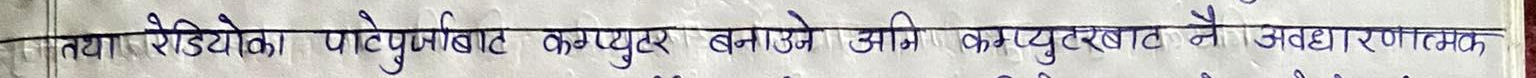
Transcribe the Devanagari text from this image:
तथा रेडियो का पोर्टेबल कंप्यूटर बनाने आमि कंप्यूटर बात ने अवधारणात्मक